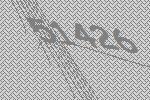
51426